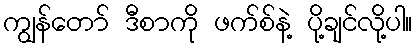
ကျွန်တော် ဒီစာကို ဖက်စ်နဲ့ ပို့ချင်လို့ပါ။